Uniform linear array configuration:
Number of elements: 48
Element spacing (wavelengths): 1
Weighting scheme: cosine
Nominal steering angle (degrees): -15
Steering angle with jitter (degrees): -13.824
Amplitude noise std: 0.05
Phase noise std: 0.05

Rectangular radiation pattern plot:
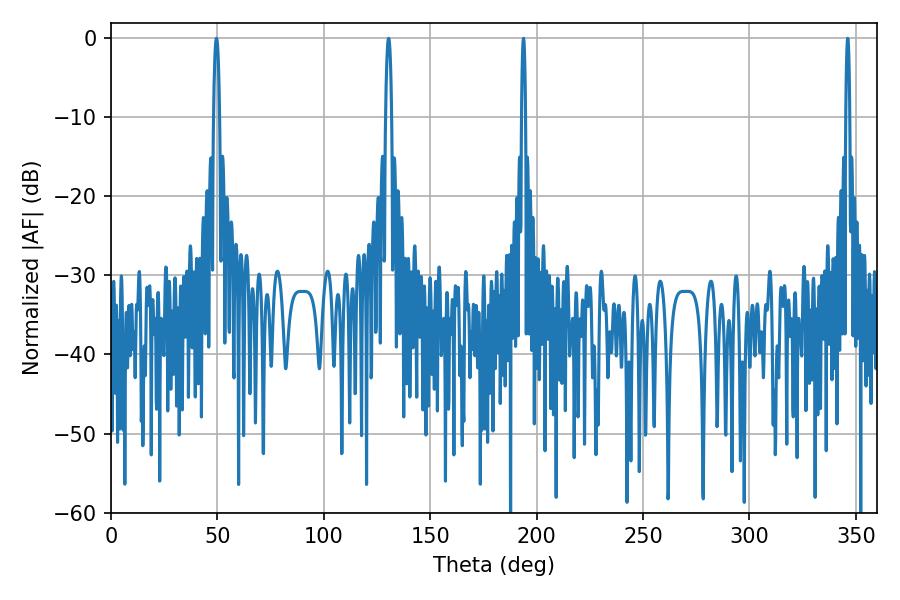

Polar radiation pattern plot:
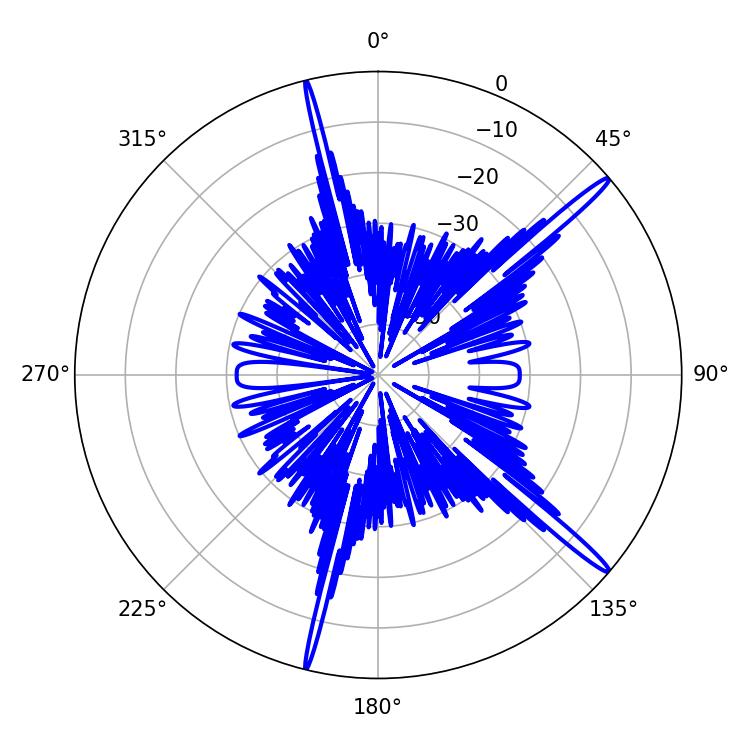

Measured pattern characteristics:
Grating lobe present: TRUE
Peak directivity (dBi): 17.118
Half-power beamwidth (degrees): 0.9
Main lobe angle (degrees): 193.86